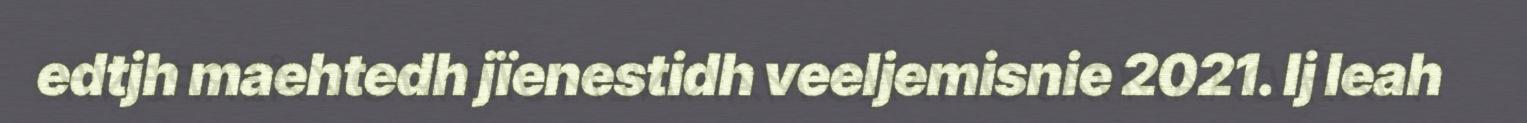
edtjh maehtedh jïenestidh veeljemisnie 2021. Ij leah